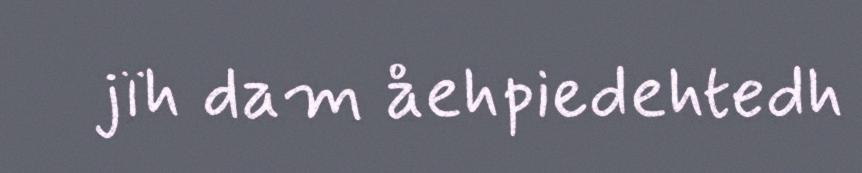
jïh dam åehpiedehtedh